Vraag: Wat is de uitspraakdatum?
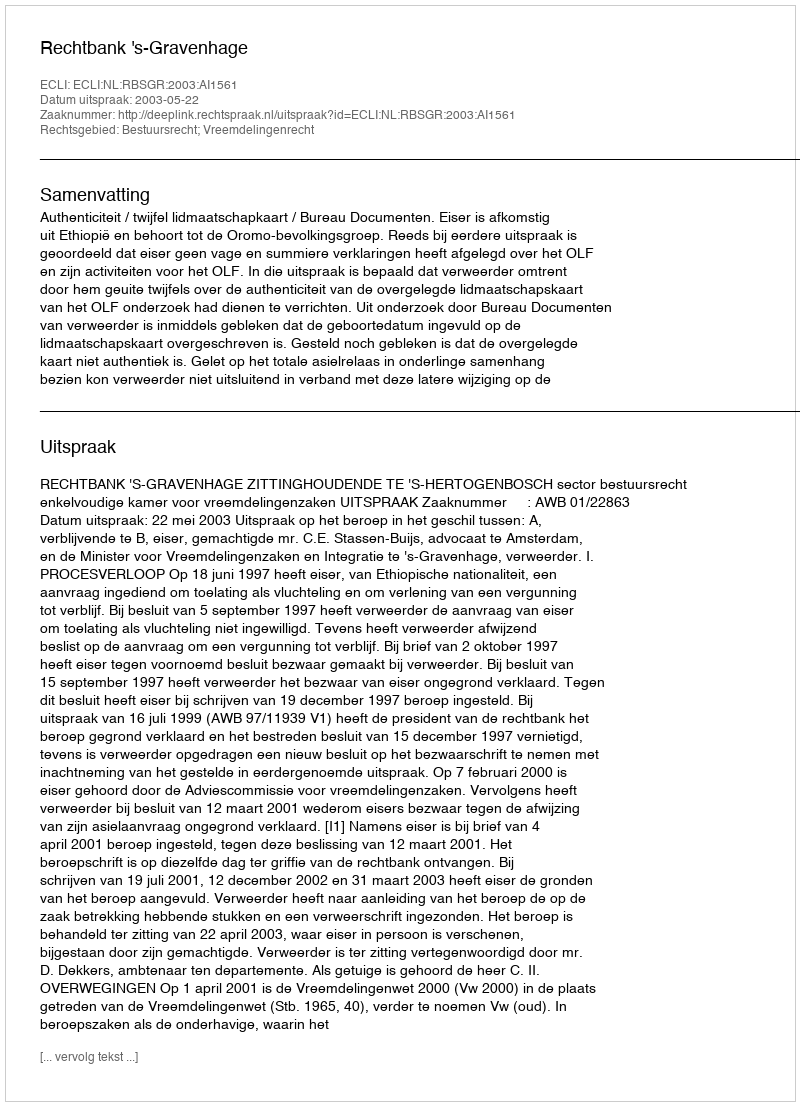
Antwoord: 2003-05-22